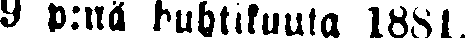
9 p:nä huhtikuuta 1881.